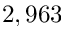
2 , 9 6 3